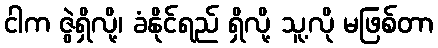
ငါက ဇွဲရှိလို့၊ ခံနိုင်ရည် ရှိလို့ သူ့လို မဖြစ်တာ